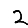
Digit: 2